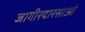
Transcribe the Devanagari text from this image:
जागीरदारसाओ